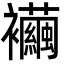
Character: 襺